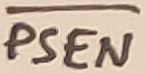
Text: PSEN